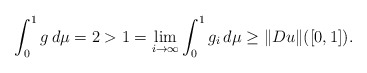
\begin{align*}\int_0^1 g\,d\mu = 2 > 1 = \lim_{i\to\infty} \int_0^1 g_i\,d\mu \geq \Vert Du\Vert([0,1]).\end{align*}